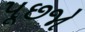
પૂછજો